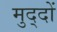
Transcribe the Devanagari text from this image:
मुद्‍दों